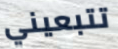
تتبعيني